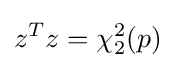
z^{T}z=\chi _{2}^{2}(p)